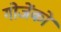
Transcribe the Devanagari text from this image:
गोजेंको